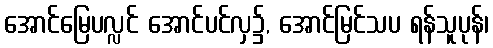
အောင်မြေပလ္လင် အောင်ပင်လှ၌, အောင်မြင်သပ ရန်သူပုန်၊